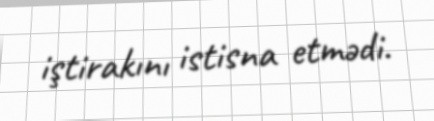
iştirakını istisna etmədi.